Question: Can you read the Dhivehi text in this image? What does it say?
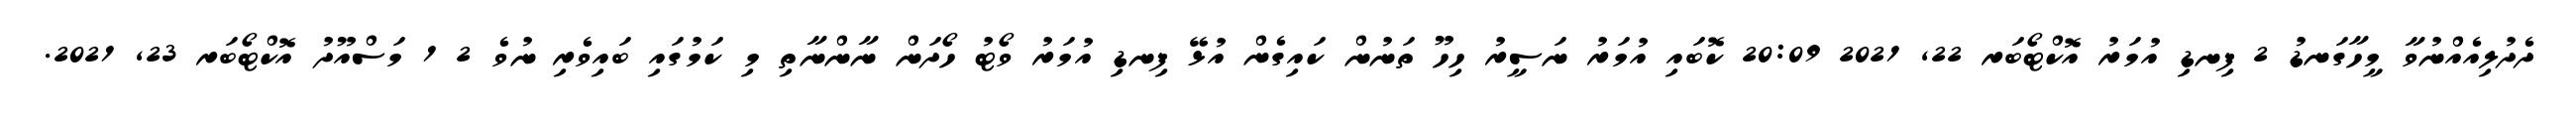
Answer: ދެދުލިއެއްނުވާ މީހާގަނޑު 2 ފިނޑި އުމަރު އޮކްޓޯބަރ 22, 2021 20:09 ކޮބައި އުމަރު ނަސީރު ހިހޫ ތަނުން ކައިގެން އުޅޭ ފިނޑި އުމަރު ވޯޓު ހޯދަން ނާންނާތި މި ކަމުގައި ބައިވެރި ނުވެ 2 1 މަސްއޫދު އޮކްޓޯބަރ 23, 2021.